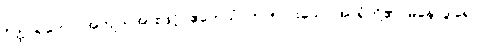
ဝိတ္ထာရတော၊ အကျယ်အားဖြင့်။ ဧတေသံ၊ ဤ ၅-ပါးသော အာရုံတို့၏။ မနောဒွါရေ၊